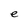
Character: e